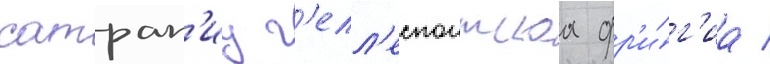
сатрап'иу г'елл'еспонтскаа фр'и́г'иа /